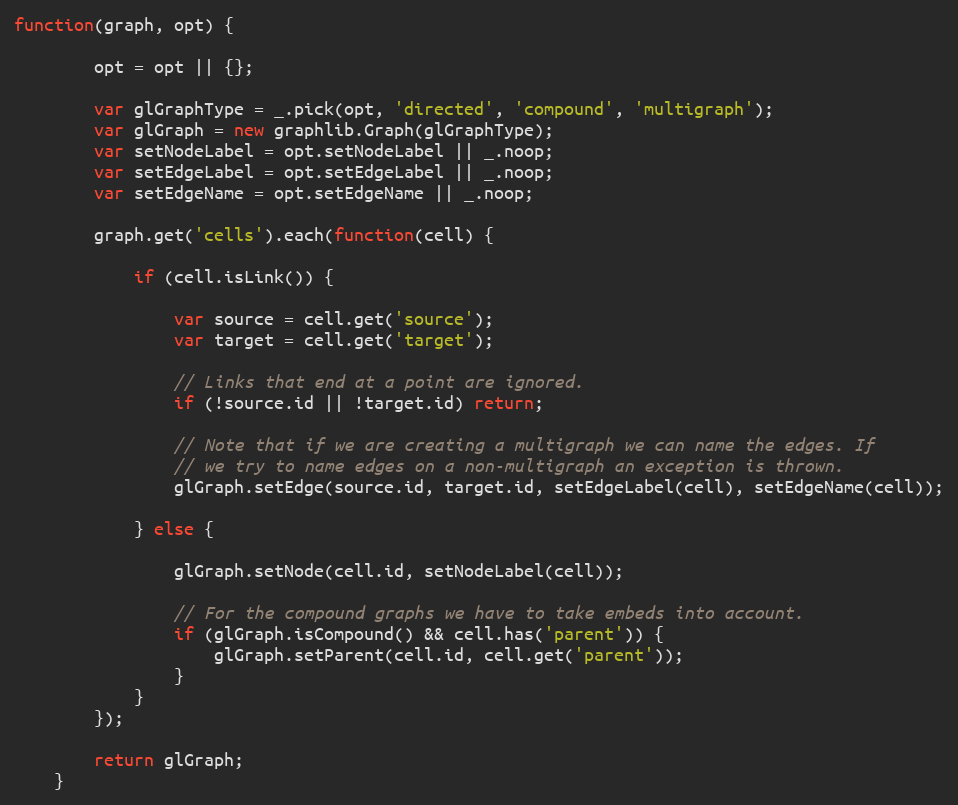
Language: JavaScript
function(graph, opt) {

        opt = opt || {};

        var glGraphType = _.pick(opt, 'directed', 'compound', 'multigraph');
        var glGraph = new graphlib.Graph(glGraphType);
        var setNodeLabel = opt.setNodeLabel || _.noop;
        var setEdgeLabel = opt.setEdgeLabel || _.noop;
        var setEdgeName = opt.setEdgeName || _.noop;

        graph.get('cells').each(function(cell) {

            if (cell.isLink()) {

                var source = cell.get('source');
                var target = cell.get('target');

                // Links that end at a point are ignored.
                if (!source.id || !target.id) return;

                // Note that if we are creating a multigraph we can name the edges. If
                // we try to name edges on a non-multigraph an exception is thrown.
                glGraph.setEdge(source.id, target.id, setEdgeLabel(cell), setEdgeName(cell));

            } else {

                glGraph.setNode(cell.id, setNodeLabel(cell));

                // For the compound graphs we have to take embeds into account.
                if (glGraph.isCompound() && cell.has('parent')) {
                    glGraph.setParent(cell.id, cell.get('parent'));
                }
            }
        });

        return glGraph;
    }